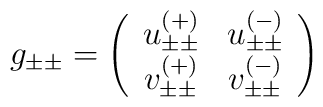
g_{\pm\pm}=\left(\begin{array}{cc}u_{\pm\pm}^{(+)}&u_{\pm\pm}^{(-)}\\v_{\pm\pm}^{(+)}&v_{\pm\pm}^{(-)}\end{array}\right)